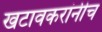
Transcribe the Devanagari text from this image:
खटावकरांनीच